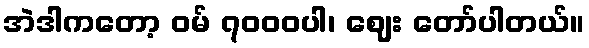
အဲဒါကတော့ ဝမ် ၇၀၀၀ပါ၊ ဈေး တော်ပါတယ်။